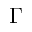
\Gamma